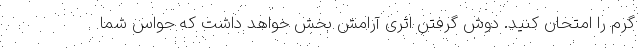
گرم را امتحان کنید. دوش گرفتن اثری آرامش بخش خواهد داشت که حواس شما